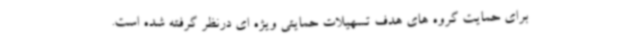
برای حمایت گروه های هدف تسهیلات حمایتی ویژه ای درنظر گرفته شده است.